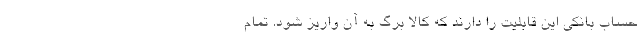
حساب بانکی این قابلیت را دارند که کالا برگ به آن واریز شود. تمام